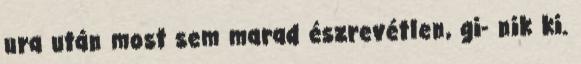
ura után most sem marad észrevétlen, gi- nik ki.